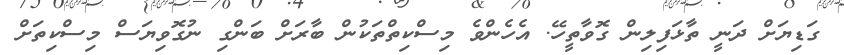
ގަޑިޔަށް ދަނީ ތާޅަފިލިން ގޮވާތީހޭ. އެހެންވެ މިސްކިތްތަކުން ބާރަށް ބަންގި ނުގޮވިޔަސް މިސްކިތަށް